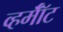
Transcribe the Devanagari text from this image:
व्हर्मॉँट